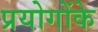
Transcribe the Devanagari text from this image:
प्रयोगोंके